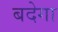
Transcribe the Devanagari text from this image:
बदेगा